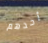
أحدهم